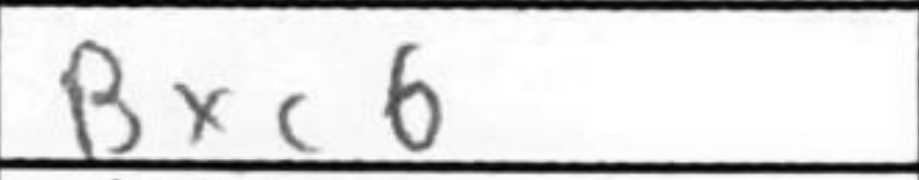
Transcription: Bxc6